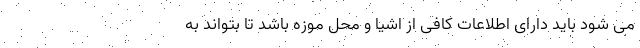
می شود باید دارای اطلاعات کافی از اشیا و محل موزه باشد تا بتواند به